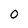
Character: 0